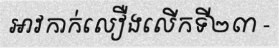
អាវកាក់លឿងលើកទី២៣ -